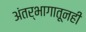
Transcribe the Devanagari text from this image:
अंतर्भागातूनही